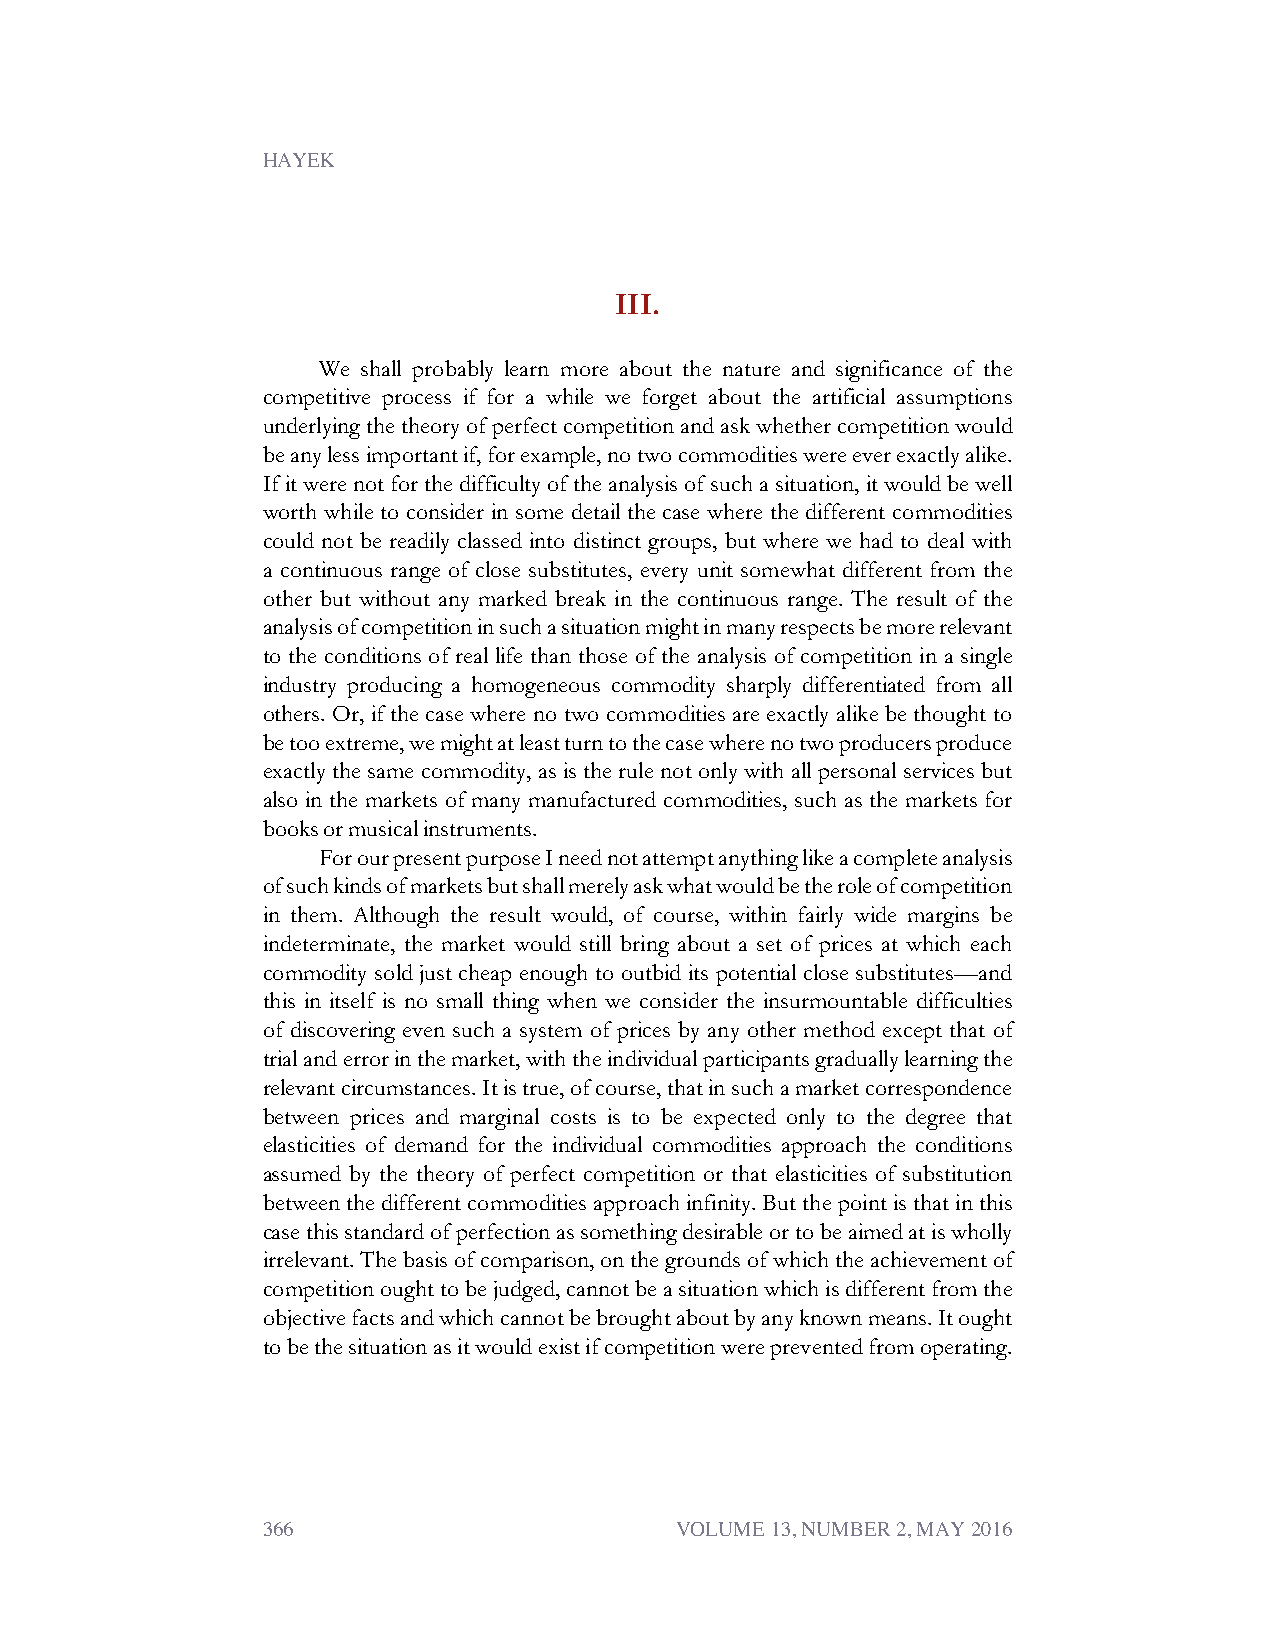
HAYEK
 III.
 We shall probably learn more about the nature and significance of the
 competitive process if for a while we forget about the artificial assumptions
 underlyingthetheoryofperfectcompetitionandaskwhethercompetitionwould
 beanylessimportantif,forexample,notwocommoditieswereeverexactlyalike.
 Ifitwerenotforthedifficultyoftheanalysisofsuchasituation,itwouldbewell
 worth while to consider in some detail the case where the different commodities
 could not be readily classed into distinct groups, but where we had to deal with
 a continuous range of close substitutes, every unit somewhat different from the
 other but without any marked break in the continuous range. The result of the
 analysisofcompetitioninsuchasituationmightinmanyrespectsbemorerelevant
 to the conditions of real life than those of the analysis of competition in a single
 industry producing a homogeneous commodity sharply differentiated from all
 others. Or, if the case where no two commodities are exactly alike be thought to
 betooextreme,wemightatleastturntothecasewherenotwoproducersproduce
 exactly the same commodity, as is the rule not only with all personal services but
 also in the markets of many manufactured commodities, such as the markets for
 booksormusicalinstruments.
 ForourpresentpurposeIneednotattemptanythinglikeacompleteanalysis
 ofsuchkindsofmarketsbutshallmerelyaskwhatwouldbetheroleofcompetition
 in them. Although the result would, of course, within fairly wide margins be
 indeterminate, the market would still bring about a set of prices at which each
 commodity sold just cheap enough to outbid its potential close substitutes—and
 this in itself is no small thing when we consider the insurmountable difficulties
 of discovering even such a system of prices by any other method except that of
 trialanderrorinthemarket,withtheindividualparticipantsgraduallylearningthe
 relevantcircumstances.Itistrue,ofcourse,thatinsuchamarketcorrespondence
 between prices and marginal costs is to be expected only to the degree that
 elasticities of demand for the individual commodities approach the conditions
 assumed by the theory of perfect competition or that elasticities of substitution
 betweenthedifferentcommoditiesapproachinfinity.Butthepointisthatinthis
 casethisstandardofperfectionassomethingdesirableortobeaimedatiswholly
 irrelevant.Thebasisofcomparison,onthegroundsofwhichtheachievementof
 competitionoughttobejudged,cannotbeasituationwhichisdifferentfromthe
 objectivefactsandwhichcannotbebroughtaboutbyanyknownmeans.Itought
 tobethesituationasitwouldexistifcompetitionwerepreventedfromoperating.
 366                         VOLUME 13, NUMBER 2, MAY 2016